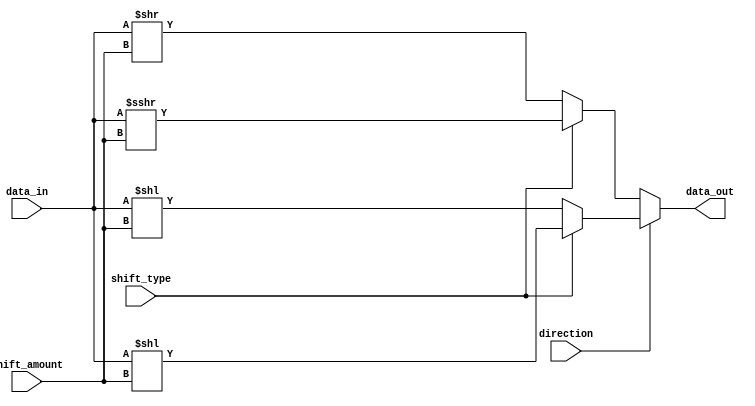
module barrel_shifter(
    input [7:0] data_in,
    input [2:0] shift_amount,
    input direction, // 0 for right shift, 1 for left shift
    input shift_type, // 0 for logical shift, 1 for arithmetic shift
    output [7:0] data_out
);

reg [7:0] shifted_data;

always @(*)
begin
    if(direction == 0) // right shift
    begin
        if(shift_type == 0) // logical shift
            shifted_data = data_in >> shift_amount;
        else // arithmetic shift
            shifted_data = $signed(data_in) >>> shift_amount;
    end
    else // left shift
    begin
        if(shift_type == 0) // logical shift
            shifted_data = data_in << shift_amount;
        else // arithmetic shift
            shifted_data = $signed(data_in) << shift_amount;
    end
end

assign data_out = shifted_data;

endmodule